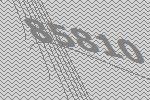
85810